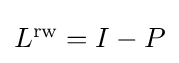
{\textstyle L^{\text{rw}}=I-P}